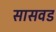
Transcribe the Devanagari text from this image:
सासवड